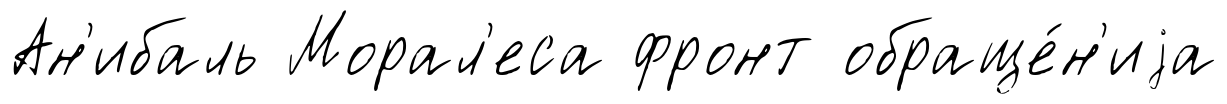
Ан'ибаль Морал'еса фронт обраще́н'иjа